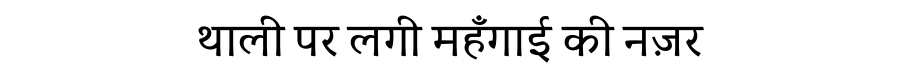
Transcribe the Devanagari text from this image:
थाली पर लगी महँगाई की नज़र